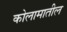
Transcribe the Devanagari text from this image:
कोलामातील